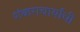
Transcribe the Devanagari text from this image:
शंकराचार्यांची